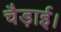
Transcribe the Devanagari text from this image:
चैड़ाई।